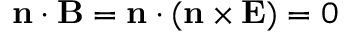
\mathbf { n } \cdot \mathbf { B } = \mathbf { n } \cdot ( \mathbf { n } \times \mathbf { E } ) = 0